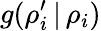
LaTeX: g(\rho_{i}^{\prime}\, |\, \rho_{i})